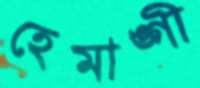
হেমাঙ্গী